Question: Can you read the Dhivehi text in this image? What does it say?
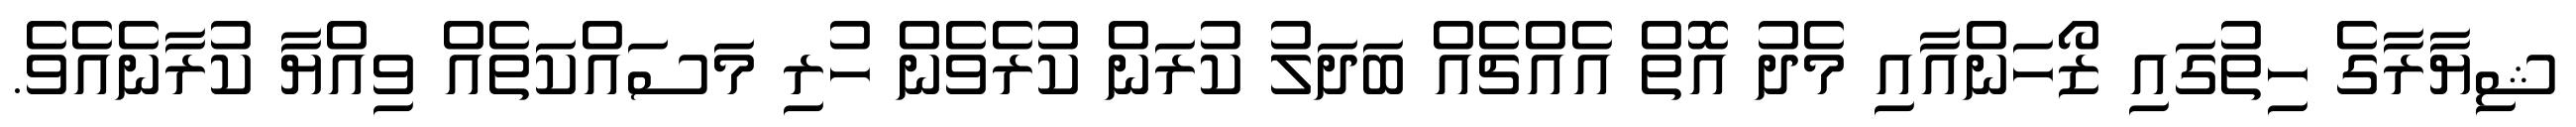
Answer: ޝިޔާރާގެ ހިތުގައި ޒޯހަންއާއި މެދު އޮތް އެއްޗެއް ބަދަލު ކުރަން ކުރެވެން ހުރި މަސައްކަތެއް ވިއްޔާ ކުރާނެއެވެ.